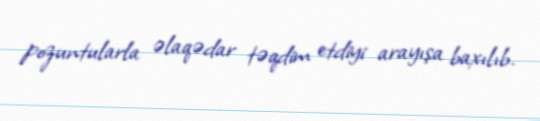
pozuntularla əlaqədar təqdim etdiyi arayışa baxılıb.